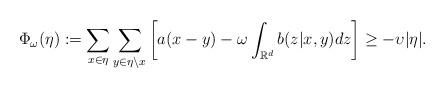
LaTeX: \begin{align*}\Phi_{\omega}(\eta):= \sum_{x\in \eta} \sum_{y\in \eta\setminus x} \left[ a(x-y)-\omega \int_{\mathbb{R}^d}b(z|x,y)dz \right] \ge -\upsilon |\eta|.\end{align*}